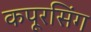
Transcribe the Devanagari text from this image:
कपूरसिंग